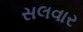
સલવાર